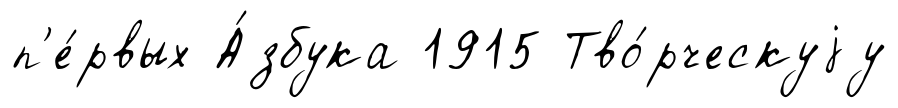
п'е́рвых А́збука 1915 Тво́рческуjу